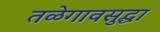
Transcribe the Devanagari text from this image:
तळेगावसुद्धा